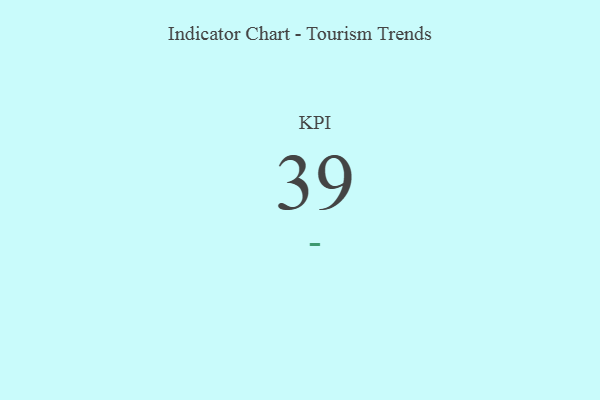
{"axis": {"x": "KPI", "y": "Value"}, "legend": [""], "data": [{"x": "KPI", "y": 39, "type": ""}]}